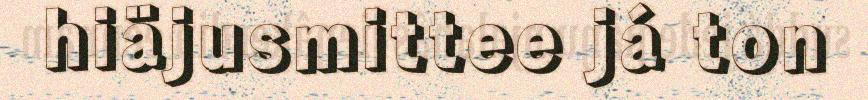
hiäjusmittee já ton